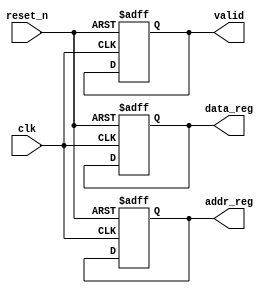
module InitializationBlock (
    input wire clk,            // Clock signal
    input wire reset_n,       // Active-low reset signal
    output reg [7:0] data_reg, // 8-bit data register
    output reg [15:0] addr_reg, // 16-bit address register
    output reg valid          // Valid signal
);

    // Purpose: Initialization block to set initial conditions for the system.
    
    // State Definitions
    initial begin
        // Initialize registers and signals
        data_reg = 8'h00;       // Default value for data register
        addr_reg = 16'h0000;    // Default value for address register
        valid = 1'b0;           // Default value for valid signal
    end

    // Non-Blocking Assignments
    always @(posedge clk or negedge reset_n) begin
        if (!reset_n) begin
            // Reset Handling
            data_reg <= 8'h00;   // Reset data register
            addr_reg <= 16'h0000; // Reset address register
            valid <= 1'b0;        // Reset valid signal
        end else begin
            // Further logic can be added here
            // Example: Update registers after certain conditions
            // data_reg <= new_data; // Example of updating data register
            // addr_reg <= new_addr;  // Example of updating address register
            // valid <= 1'b1;         // Example of setting valid signal
        end
    end

    // Conditional Initialization (if applicable)
    // This section can be expanded to include conditions for different modes
    // Example: if (mode_select) begin ... end

    // Comments and Documentation
    // The above block initializes the registers and handles reset conditions.
    // Ensure that the reset signal is asserted low to reset the system.

endmodule